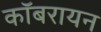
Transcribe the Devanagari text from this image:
कॉबरायन